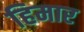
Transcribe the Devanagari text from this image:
हिमार